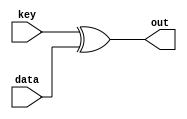
module addRoundKey(data, out, key);

input [127:0] data;
input [127:0] key;
output [127:0] out;

assign out = key ^ data;

endmodule